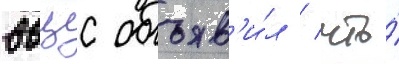
ввцс объяв'и́л / что́